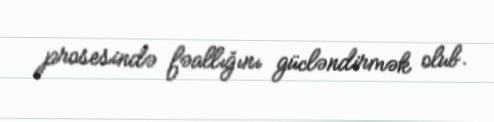
prosesində fəallığını gücləndirmək olub.